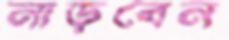
নাড়বেন